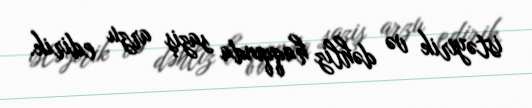
istəyirik və dəhliz haqqında saziş arzu edirik.